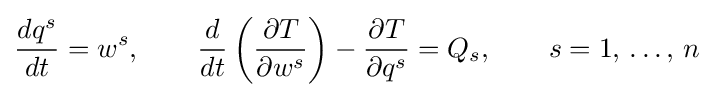
{\frac {dq^{s}}{dt}}=w^{s},\qquad {\frac {d}{dt}}\left({\frac {\partial T}{\partial w^{s}}}\right)-{\frac {\partial T}{\partial q^{s}}}=Q_{s},\qquad s=1,\,\ldots ,\,n